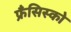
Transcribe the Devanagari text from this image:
फ्रँसिस्को